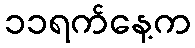
၁၁ရက်နေ့က